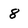
Character: 8